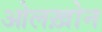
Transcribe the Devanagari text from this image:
ओलख़ोन